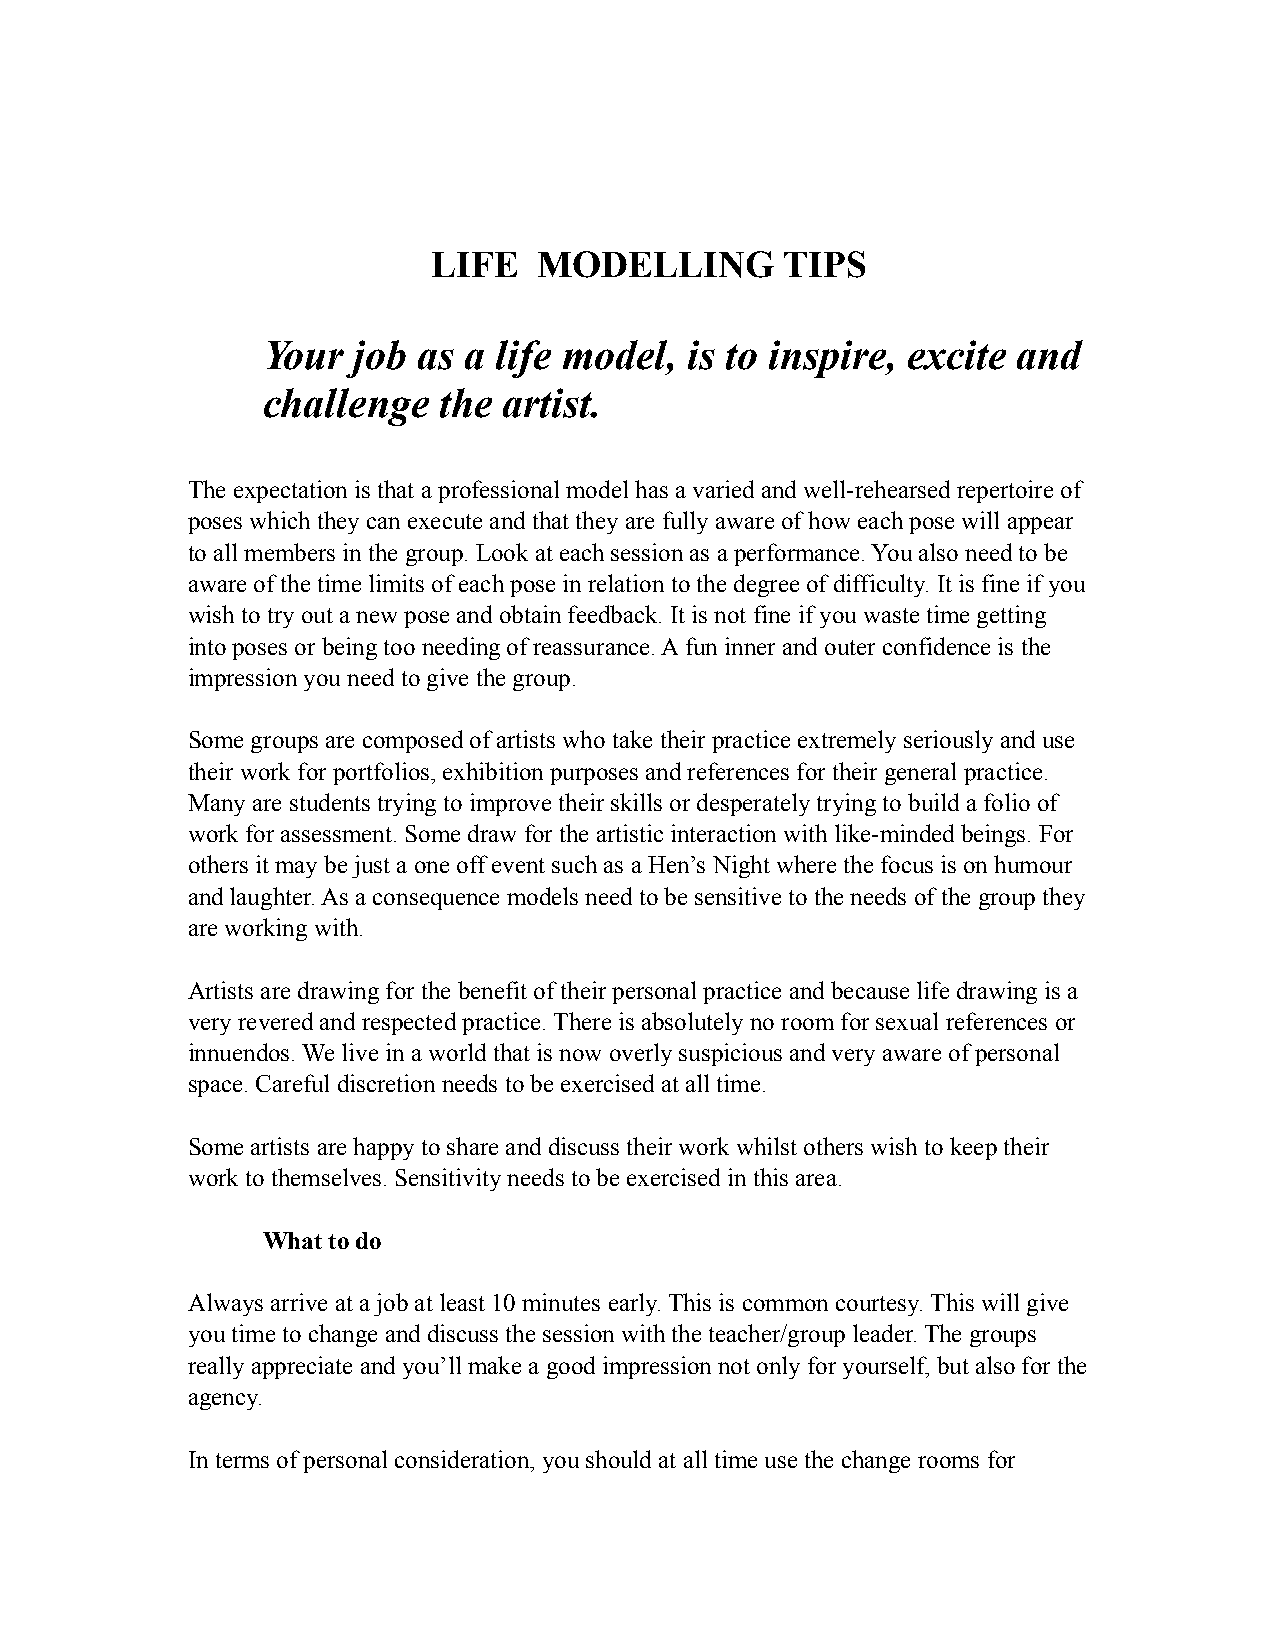
LIFE   MODELLING       TIPS
 Your  job  as a life model,  is to inspire, excite and
 challenge   the artist.
 The expectation is that a professional model has a varied and well-rehearsed repertoire of
 poses which they can execute and that they are fully aware of how each pose will appear
 to all members in the group. Look at each session as a performance. You also need to be
 aware of the time limits of each pose in relation to the degree of difficulty. It is fine if you
 wish to try out a new pose and obtain feedback. It is not fine if you waste time getting
 into poses or being too needing of reassurance. A fun inner and outer confidence is the
 impression you need to give the group.
 Some groups are composed of artists who take their practice extremely seriously and use
 their work for portfolios, exhibition purposes and references for their general practice.
 Many are students trying to improve their skills or desperately trying to build a folio of
 work for assessment. Some draw for the artistic interaction with like-minded beings. For
 others it may be just a one off event such as a Hen’s Night where the focus is on humour
 and laughter. As a consequence models need to be sensitive to the needs of the group they
 are working with.
 Artists are drawing for the benefit of their personal practice and because life drawing is a
 very revered and respected practice. There is absolutely no room for sexual references or
 innuendos. We live in a world that is now overly suspicious and very aware of personal
 space. Careful discretion needs to be exercised at all time.
 Some artists are happy to share and discuss their work whilst others wish to keep their
 work to themselves. Sensitivity needs to be exercised in this area.
 What to do
 Always arrive at a job at least 10 minutes early. This is common courtesy. This will give
 you time to change and discuss the session with the teacher/group leader. The groups
 really appreciate and you’ll make a good impression not only for yourself, but also for the
 agency.
 In terms of personal consideration, you should at all time use the change rooms for